画像に写った文字を読んでください
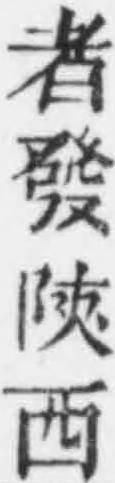
「者發陝西」と書いてあります